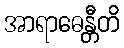
အာရာဓေန္တီတိ